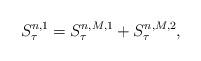
LaTeX: \begin{align*} S^{n,1}_\tau= S^{n,M,1} _\tau + S^{n,M,2} _\tau, \end{align*}